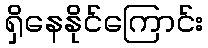
ရှိနေနိုင်ကြောင်း